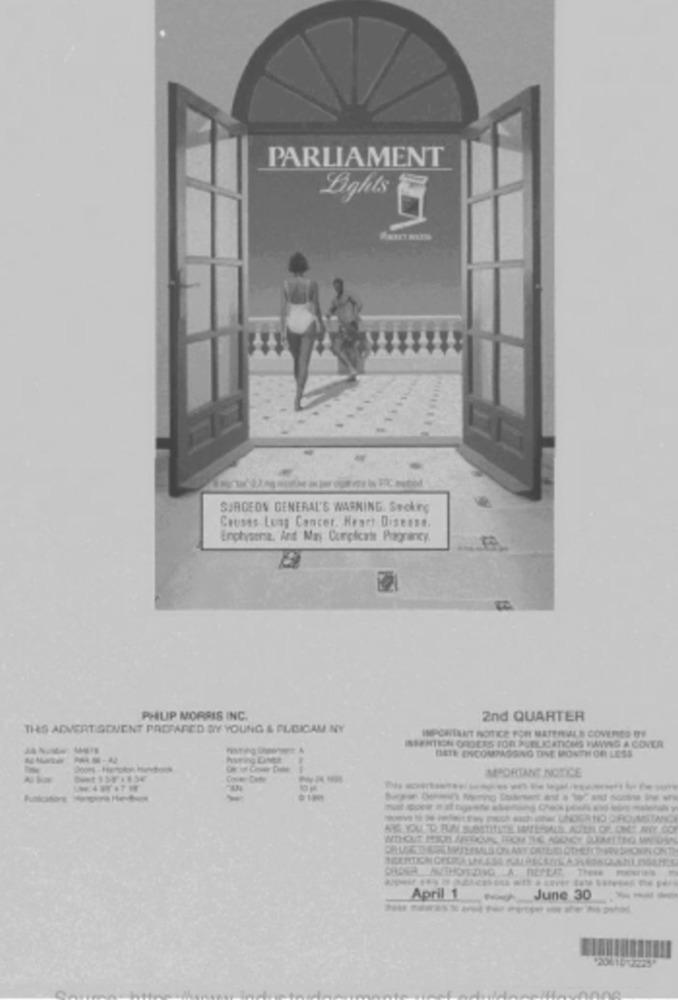
PARLIAMENT
Lights
SURGEON GENERAL'S WARNING. Seoking
Causas Lung Cancer, Heart Disease.
Enptysome, And May Corpicarte Pregrancy.
PHILIP MORRIS INC.
2nd QUARTER
THIS ADVERTIGOVENT PADFARED BY YOUNG & PLEICAM NY
IMPORTANT NOTICE FOR MATERIALS COVERED BY
ISSERTION GROCES TOR PUBLICATIONS HAVING & COVER
-----
BETR ENCOMPASSING DINE MONTH OF LESS
IMPORTANT NOTICE
Com
432 YOU. DE BUA SUBSTITUTE ITESIALE. ACEH OF. OME AVY. CO
ORAGRANTHIONIZING A. REPEAT, The me
April 1
June 30
---
2061612225